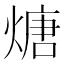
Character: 煻